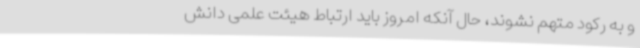
و به رکود متهم نشوند، حال‌ آنکه امروز باید ارتباط هیئت‌ علمی دانش